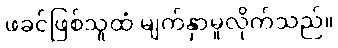
ဖခင်ဖြစ်သူထံ မျက်နှာမူလိုက်သည်။